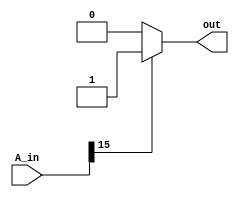
// Andrew Doucet
// Spencer Dugas

// Negative bit handler
module negative(A_in,out);

    // I/O
    input [15:0]A_in;
    output reg out;

    // Update the negative bit
    always @(A_in)
        if(A_in[15]==1)
            out = 1;
        else
            out = 0;
endmodule